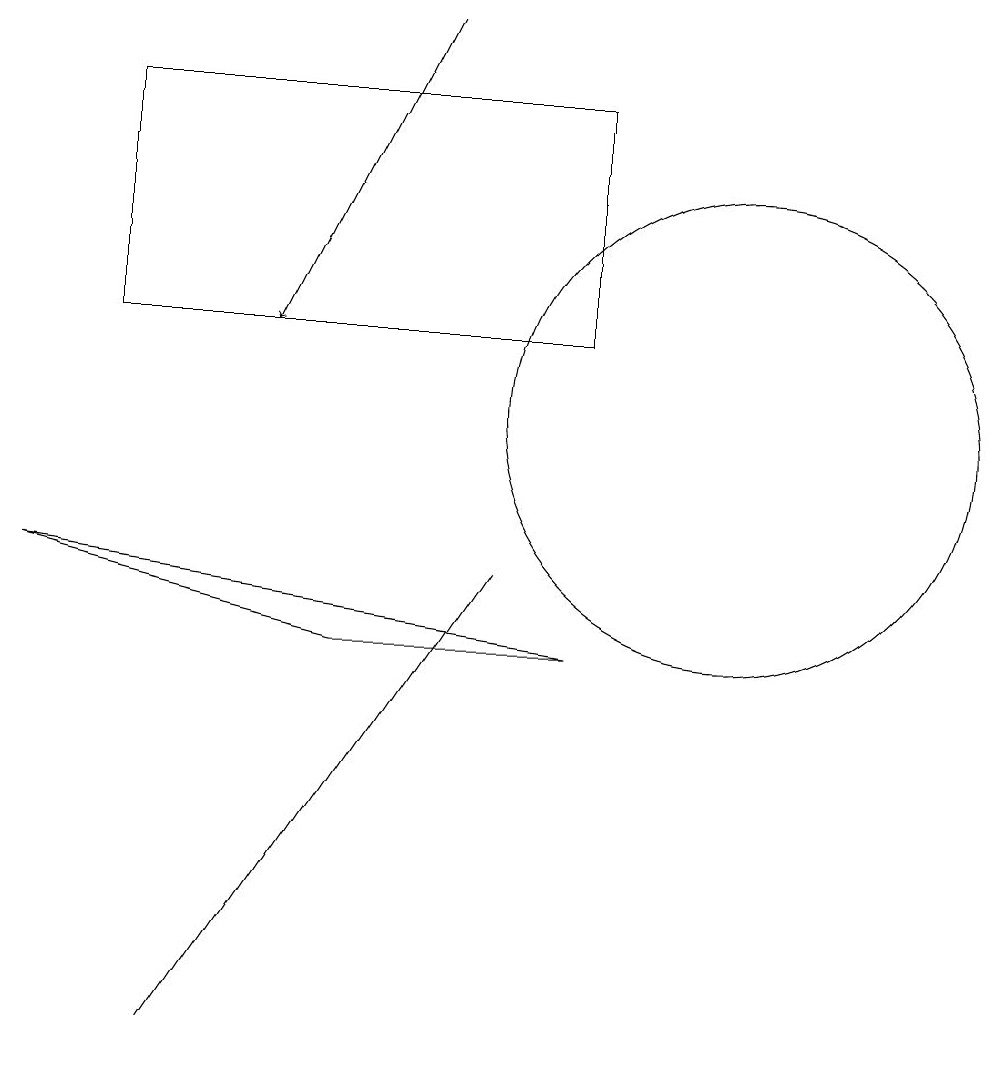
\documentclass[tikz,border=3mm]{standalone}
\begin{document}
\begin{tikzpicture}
\draw (7,8) -- (5,5) -- (3,2) -- cycle;
\draw[->] (6,15) -- (4,11);
\draw (2,11) rectangle (8,14);
\draw (1,8) -- (8,7) -- (5,7) -- cycle;
\draw (10,10) circle (3);
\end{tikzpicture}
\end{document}